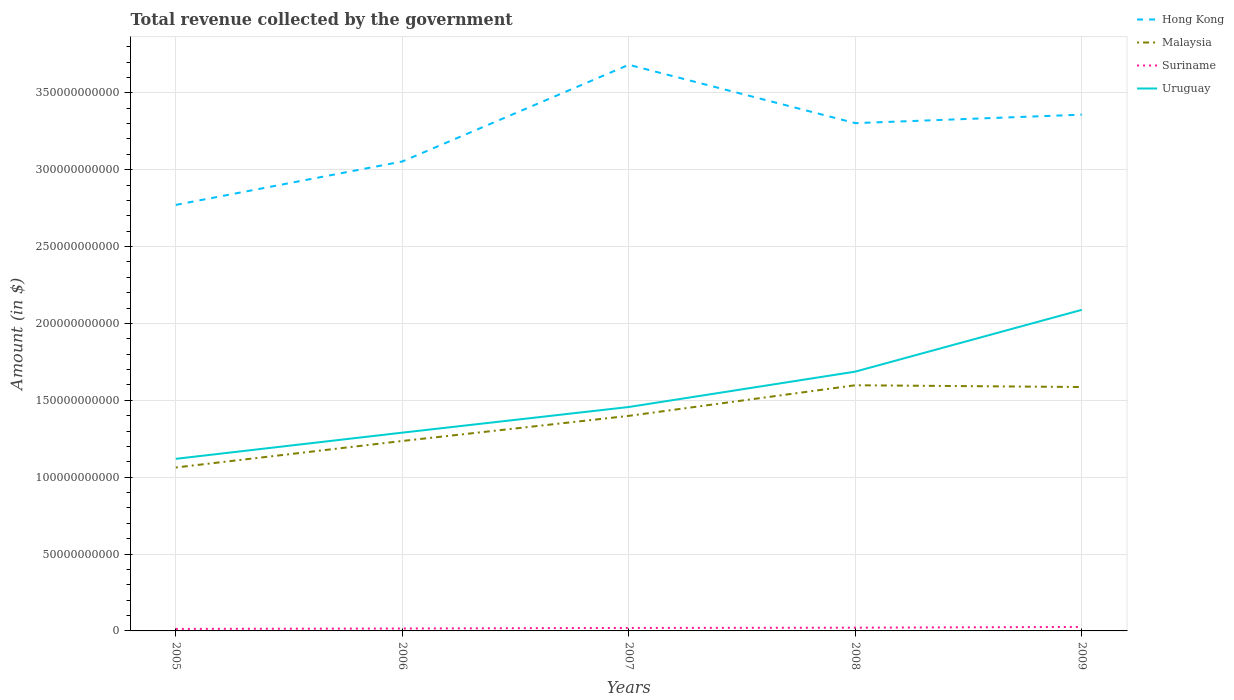
| Years | Hong Kong | Malaysia | Suriname | Uruguay |
 | --- | --- | --- | --- | --- |
 | 2005 | 2.77e+11 | 1.06e+11 | 1.32e+09 | 1.12e+11 |
 | 2006 | 3.05e+11 | 1.24e+11 | 1.58e+09 | 1.29e+11 |
 | 2007 | 3.68e+11 | 1.4e+11 | 1.94e+09 | 1.46e+11 |
 | 2008 | 3.3e+11 | 1.6e+11 | 2.11e+09 | 1.69e+11 |
 | 2009 | 3.36e+11 | 1.59e+11 | 2.59e+09 | 2.09e+11 |